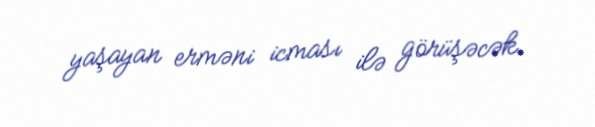
yaşayan erməni icması ilə görüşəcək.